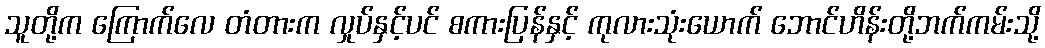
သူတို့က ကြောက်လေ တံတားက လှုပ်နှင့်ပင် စကားပြန်နှင့် ကုလားသုံးယောက် ဘောင်ဟိန်းတို့ဘက်ကမ်းသို့